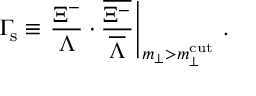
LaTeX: \Gamma _ { \mathrm { s } } \equiv \left. { \frac { \Xi ^ { - } } { \Lambda } } \cdot { \frac { \overline { { { \Xi ^ { - } } } } } { \overline { { { \Lambda } } } } } \right\vert _ { m _ { \perp } > m _ { \perp } ^ { \mathrm { c u t } } } \, .